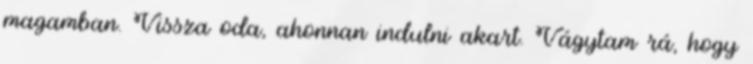
magamban. Vissza oda, ahonnan indulni akart. Vágytam rá, hogy